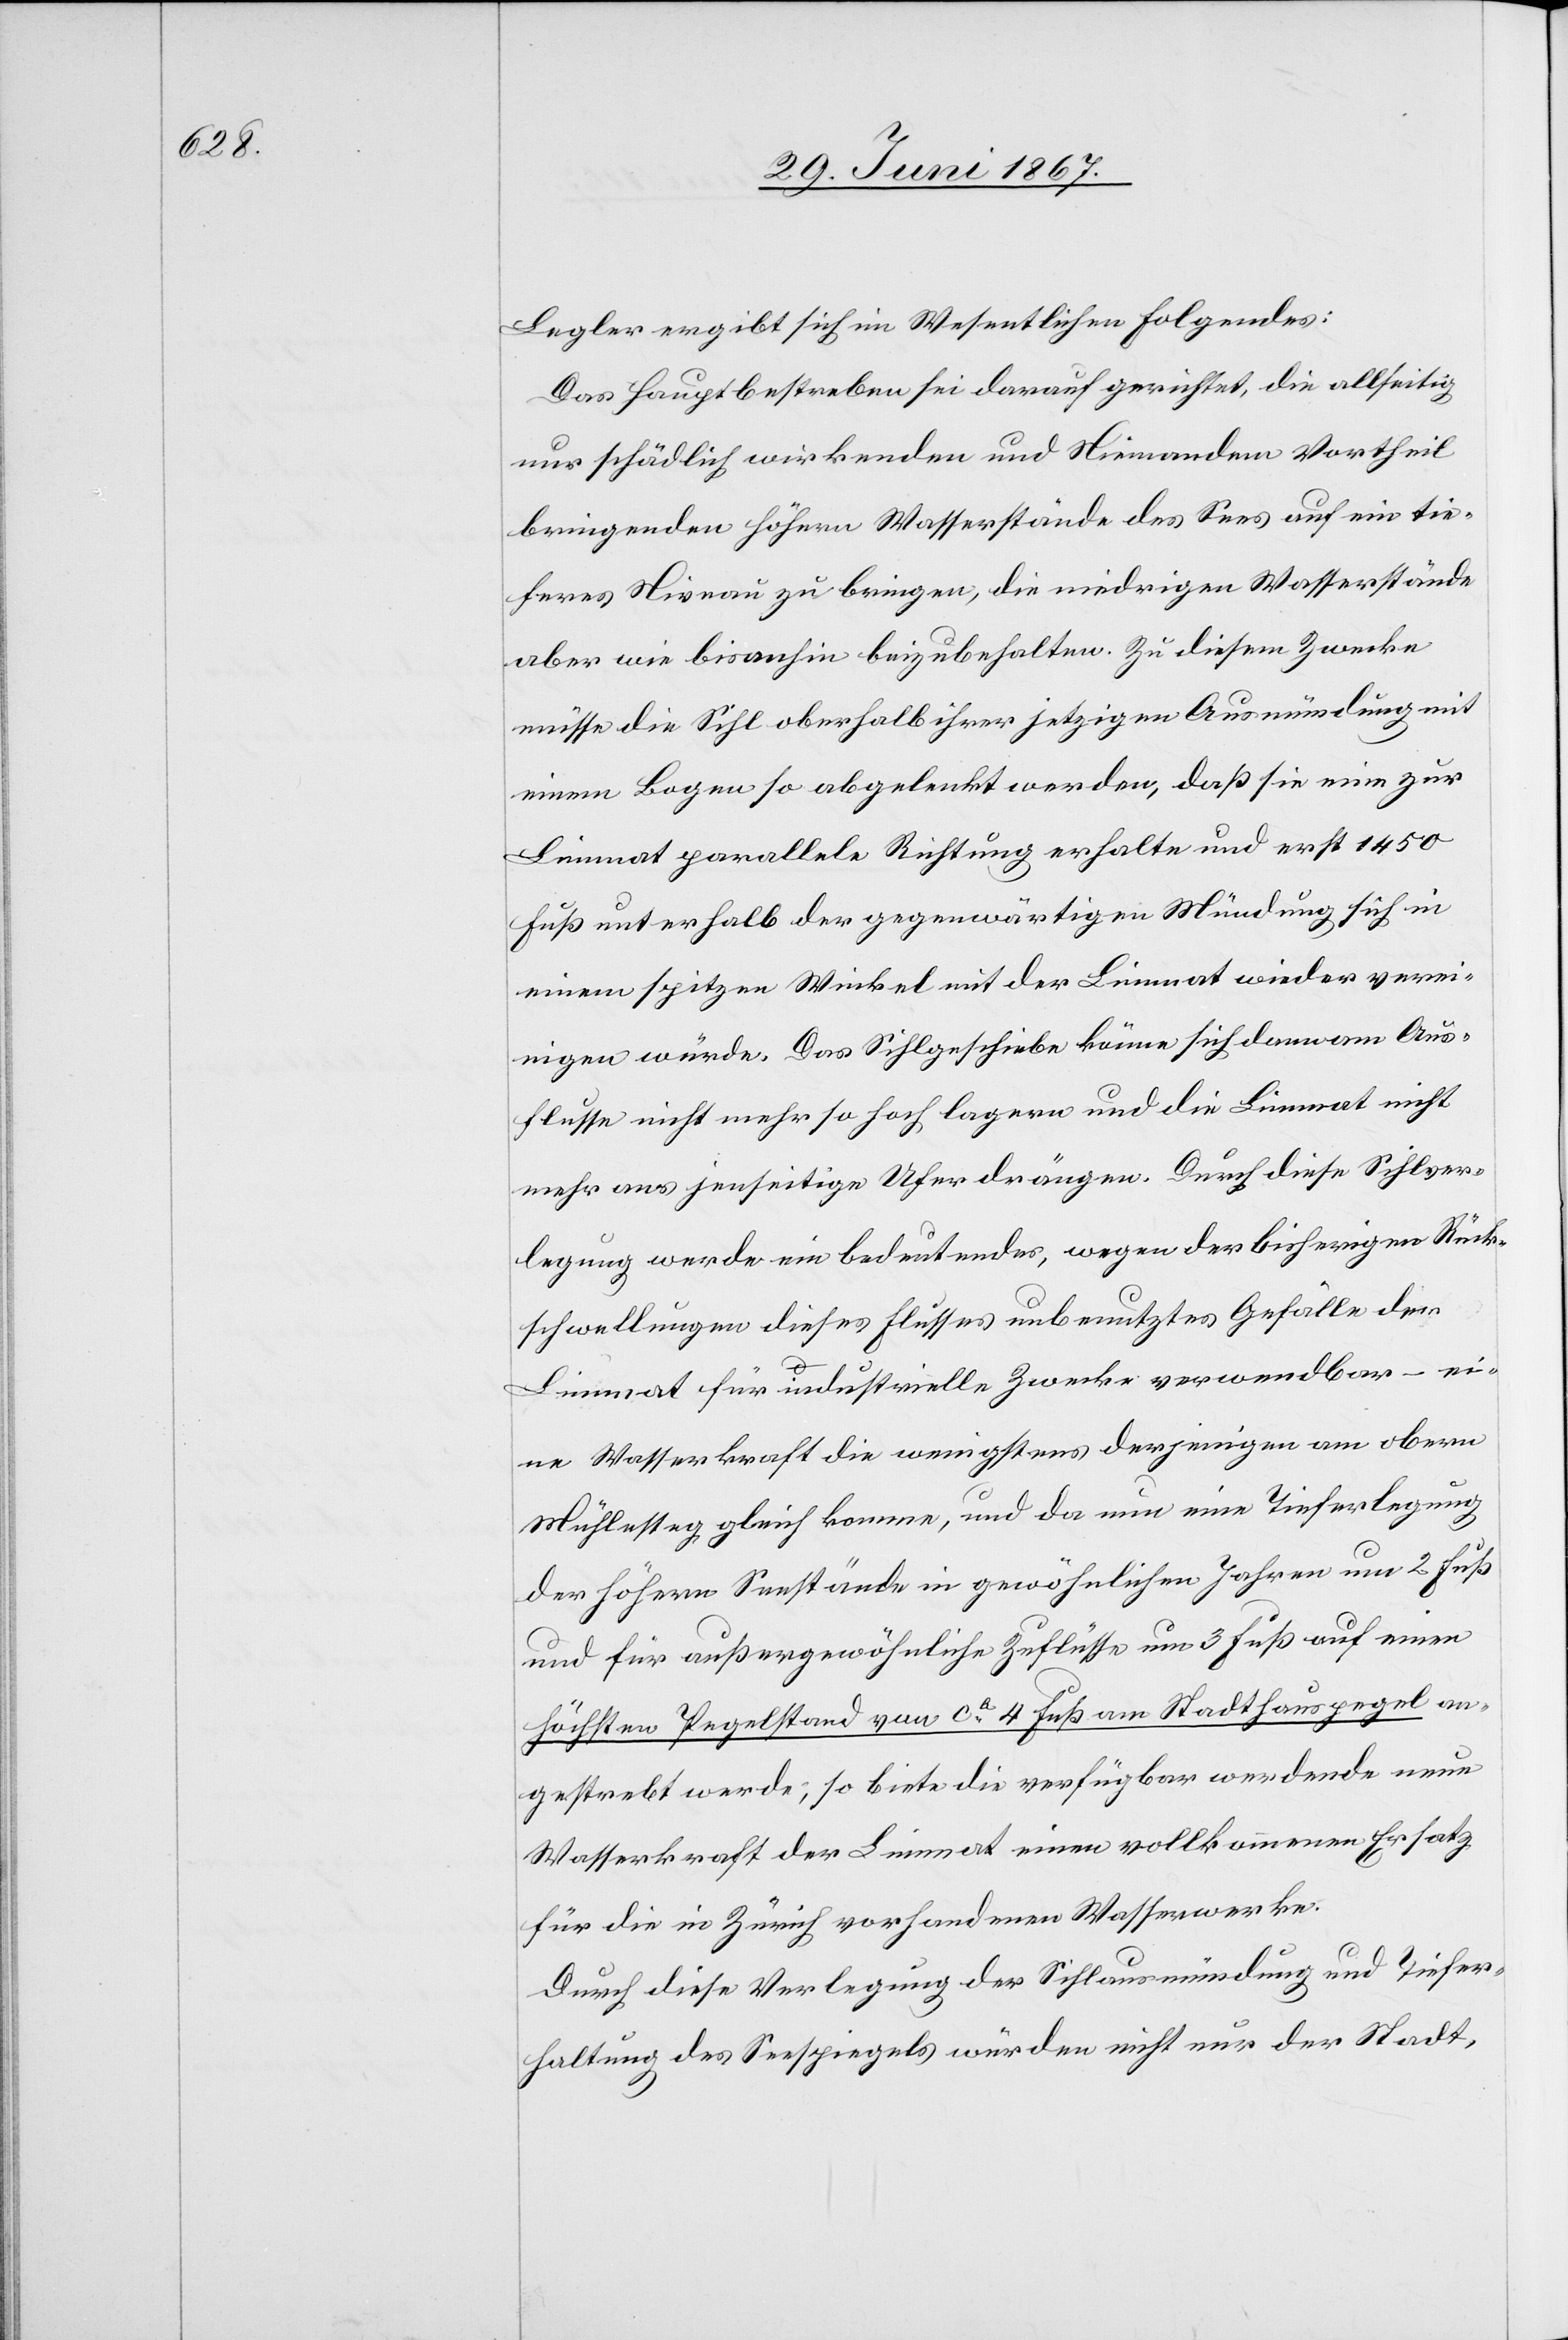
Begler ergibt sich im Wesentlichen folgendes:
Das Hauptbestreben sei darauf gerichtet, die allseitig
nur schädlich wirkenden und Niemandem Vortheil
bringenden höhern Wasserstände des Sees auf ein tie¬
feres Niveau zu bringen, die niedrigen Wasserstände
aber wie bisher beizubehalten. Zu diesem Zwecke
müsse die Sihl oberhalb ihrer jetzigen Ausmündung mit
einem Bogen so abgelenkt werden, daß sie eine zur
Limmat parallele Richtung erhalten und erst 1450
Fuß unterhalb der gegenwärtigen Mündung sich in
einem spitzen Winkel mit der Limmat wieder verei¬
nigen würde. Das Sihlgeschiebe könne sich dann am Aus¬
flusse nicht mehr so hoch lagern und die Limmat nicht
mehr ans jenseitige Ufer drängen. Durch diese Sihlver¬
legung werde ein bedeutendes, wegen der bisherigen Rück¬
schwellungen dieses Flusses unbenutztes Gefälle der
Limmat für industrielle Zwecke verwendbar – ei¬
ne Wasserkraft die wenigstens derjenigen am obern
Mühlesteg gleich komme, und da nun eine Tieferlegung
der höhern Seestände in gewöhnlichen Jahren um 2 Fuß
und für außergewöhnliche Zuflüsse um 3 Fuß auf einen
höchsten Pegelstand von ca. 4 Fuß am Stadthauspegel an¬
gestrebt werde, so biete die verfügbar werdende neue
Wasserkraft der Limmat einen vollkommenen Ersatz
für die in Zürich vorhandenen Wasserwerke.
Durch diese Verlegung der Sihlausmündung und Tiefer¬
haltung des Seespiegels würden nicht nur der Stadt,